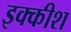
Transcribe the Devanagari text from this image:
इक्कीश